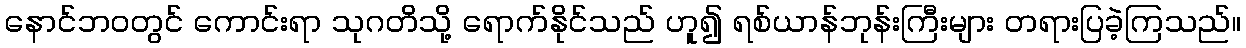
နောင်ဘဝတွင် ကောင်းရာ သုဂတိသို့ ရောက်နိုင်သည် ဟူ၍ ရစ်ယာန်ဘုန်းကြီးများ တရားပြခဲ့ကြသည်။